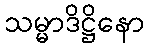
သမ္မာဒိဋ္ဌိနော